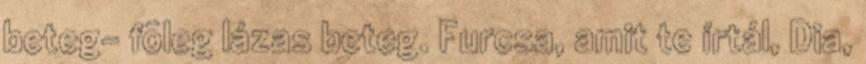
beteg- fõleg lázas beteg. Furcsa, amit te írtál, Dia,